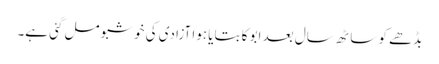
بڈھے کو ساٹھ سال بعد ابو کا بتایا ہوا آزادی کی خوشبو مل گئی ہے۔